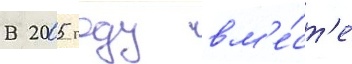
В 2005 году вм'е́ст'е